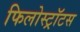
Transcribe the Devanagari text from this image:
फिलोस्ट्रॉटस